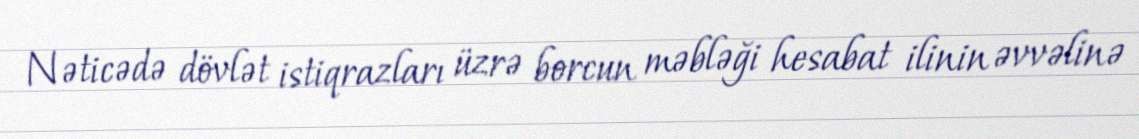
Nəticədə dövlət istiqrazları üzrə borcun məbləği hesabat ilinin əvvəlinə